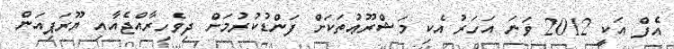
އެފް އަކީ 2012 ވަނަ އަހަރު އެކި މަޝްރޫޢުތަކަށް ފަންޑުކުރުމަށް ދިވެހިރާއްޖެއާއި ޔޫރަޕިއަން